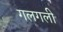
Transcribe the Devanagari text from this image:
गलगली